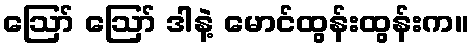
ဪ ဪ ဒါနဲ့ မောင်ထွန်းထွန်းက။